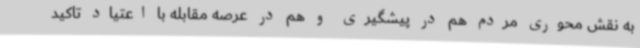
به نقش محوری مردم هم در پیشگیری و هم در عرصه مقابله با اعتیاد تاکید